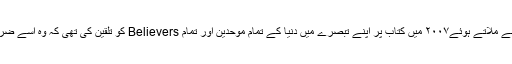
جاوید اختر نے ’دا گاڈ ڈیلیوژن ‘کی تعریف میں زمین آسمان کے قلابے ملاتے ہوئے۲۰۰۷ میں کتاب پر اپنے تبصرے میں دنیا کے تمام موحدین اور تمام Believers کو تلقین کی تھی کہ وہ اسے ضرور پڑھیں تاکہ ان کے ذہنوں سے ’یقین کے جالے ‘ صاف ہو سکیں!